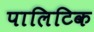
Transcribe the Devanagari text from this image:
पालिटिक